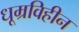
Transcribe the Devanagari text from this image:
धूम्रविहीन